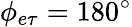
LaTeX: \phi_{e\tau}=180^{\circ}